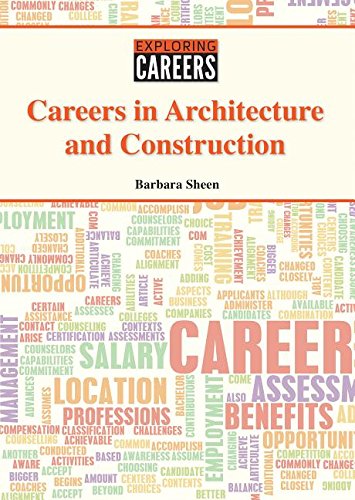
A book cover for Careers in Architecture and Construction (Exploring Careers); Barbara Sheen; Teen & Young Adult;